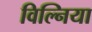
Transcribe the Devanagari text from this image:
विल्निया